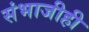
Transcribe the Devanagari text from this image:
संभाजीही